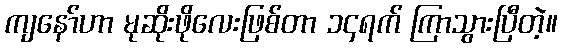
ကျနော်ဟာ မုဆိုးဖိုလေးဖြစ်တာ ၁၄ရက် ကြာသွားပြီတဲ့။